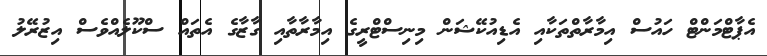
އެޕާޓްމަންޓް ހައުސް އިމާރާތްތަކާއި އެޑިއުކޭޝަން މިނިސްޓްރީގެ އިމާރާތާއި ގާޒާގެ އެތައް ސްކޫލެއްވެސް އިޒުރޭލު